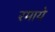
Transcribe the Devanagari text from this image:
रमाये